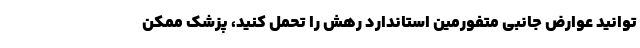
توانید عوارض جانبی متفورمین استاندارد رهش را تحمل کنید، پزشک ممکن